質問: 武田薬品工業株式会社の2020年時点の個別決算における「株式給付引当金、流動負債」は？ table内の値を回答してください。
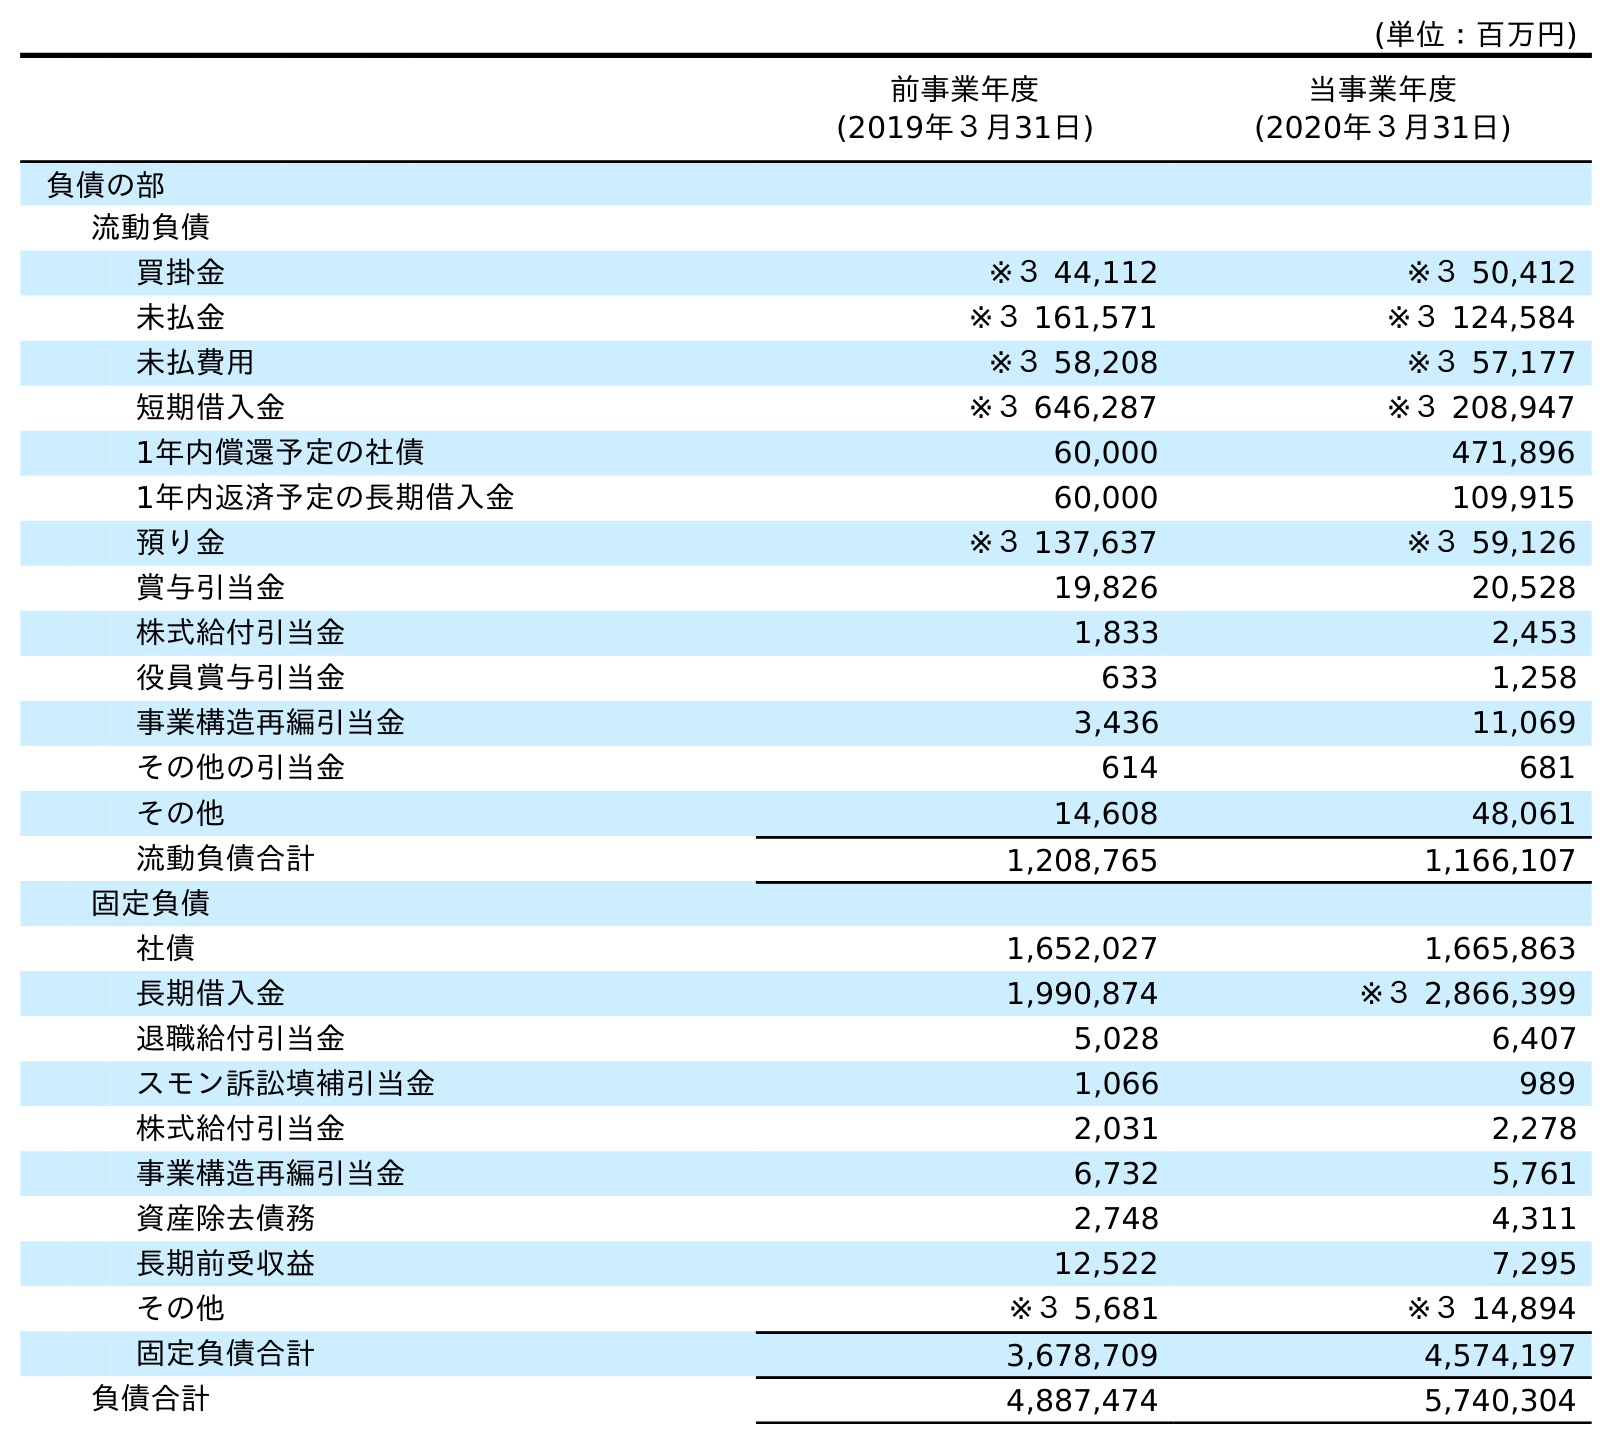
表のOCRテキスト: (単位：百万円) 前事業年度 (2019年３月31日) 当事業年度 (2020年３月31日) 負債の部 流動負債 買掛金 ※３ 44,112 ※３ 50,412 未払金 ※３ 161,571 ※３ 124,584 未払費用 ※３ 58,208 ※３ 57,177 短期借入金 ※３ 646,287 ※３ 208,947 1年内償還予定の社債 60,000 471,896 1年内返済予定の長期借入金 60,000 109,915 預り金 ※３ 137,637 ※３ 59,126 賞与引当金 19,826 20,528 株式給付引当金 1,833 2,453 役員賞与引当金 633 1,258 事業構造再編引当金 3,436 11,069 その他の引当金 614 681 その他 14,608 48,061 流動負債合計 1,208,765 1,166,107 固定負債 社債 1,652,027 1,665,863 長期借入金 1,990,874 ※３ 2,866,399 退職給付引当金 5,028 6,407 スモン訴訟填補引当金 1,066 989 株式給付引当金 2,031 2,278 事業構造再編引当金 6,732 5,761 資産除去債務 2,748 4,311 長期前受収益 12,522 7,295 その他 ※３ 5,681 ※３ 14,894 固定負債合計 3,678,709 4,574,197 負債合計 4,887,474 5,740,304
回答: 2,453